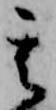
其